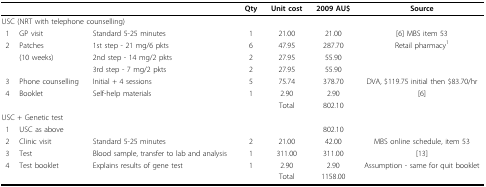
|  |  |  | Qty | Unit cost | 2009 AU$ | Source |
 | --- | --- | --- | --- | --- | --- | --- |
 | <COLSPAN=3> USC (NRT with telephone counselling) |  |  |  |  |
 | 1 | GP visit | Standard 5-25 minutes | 1 | 21.00 | 21.00 | [6] MBS item 53 |
 | 2 | Patches | 1st step - 21 mg/6 pkts | 6 | 47.95 | 287.70 | Retail pharmacy1 |
 |  | (10 weeks) | 2nd step - 14 mg/2 pkts | 2 | 27.95 | 55.90 |  |
 |  |  | 3rd step - 7 mg/2 pkts | 2 | 27.95 | 55.90 |  |
 | 3 | Phone counselling | Initial + 4 sessions | 5 | 75.74 | 378.70 | DVA, $119.75 initial then $83.70/hr |
 | 4 | Booklet | Self-help materials | 1 | 2.90 | 2.90 | [6] |
 |  |  |  |  | Total | 802.10 |  |
 | <COLSPAN=3> USC + Genetic test |  |  |  |  |
 | 1 | USC as above |  |  |  | 802.10 |  |
 | 2 | Clinic visit | Standard 5-25 minutes | 2 | 21.00 | 42.00 | MBS online schedule, item 53 |
 | 3 | Test | Blood sample, transfer to lab and analysis | 1 | 311.00 | 311.00 | [13] |
 | 4 | Test booklet | Explains results of gene test | 1 | 2.90 | 2.90 | Assumption - same for quit booklet |
 |  |  |  |  | Total | 1158.00 |  |